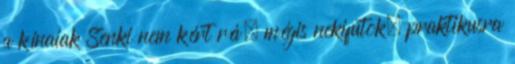
a kínaiak Senki nem kért rá, mégis nekifutok, praktikusra